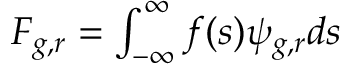
\begin{array} { r } { F _ { g , r } = \int _ { - \infty } ^ { \infty } f ( s ) \psi _ { g , r } d s } \end{array}